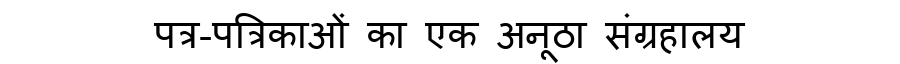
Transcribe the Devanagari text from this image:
पत्र-पत्रिकाओं का एक अनूठा संग्रहालय